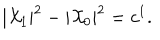
| { \cal X } _ { 1 } | ^ { 2 } - | { \cal X } _ { 0 } | ^ { 2 } = c ^ { 1 } .